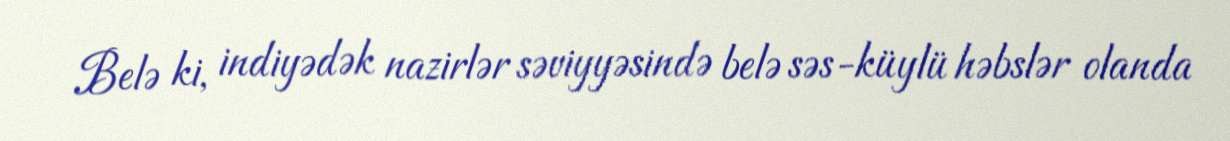
Belə ki, indiyədək nazirlər səviyyəsində belə səs-küylü həbslər olanda